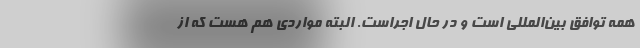
همه توافق بین‌المللی است و در حال اجراست. البته مواردی هم هست که از